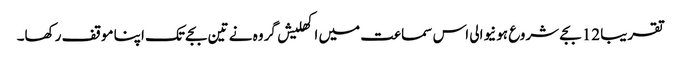
تقریبا 12 بجے شروع ہونیوالی اس سماعت میں اکھلیش گروہ نے تین بجے تک اپنا موقف رکھا۔